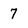
Character: 7